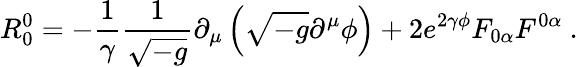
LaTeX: R_{0}^{0}=-\frac{1}{\gamma}\frac{1}{\sqrt{-g}}\partial_{\mu}\left(\sqrt{-g}\partial^{\mu}\phi\right)+2e^{2\gamma\phi}F_{0\alpha}F^{0\alpha}\ .